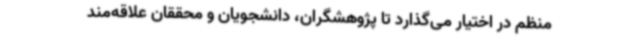
منظم در اختیار می‌گذارد تا پژوهشگران، دانشجویان و محققان علاقه‌مند